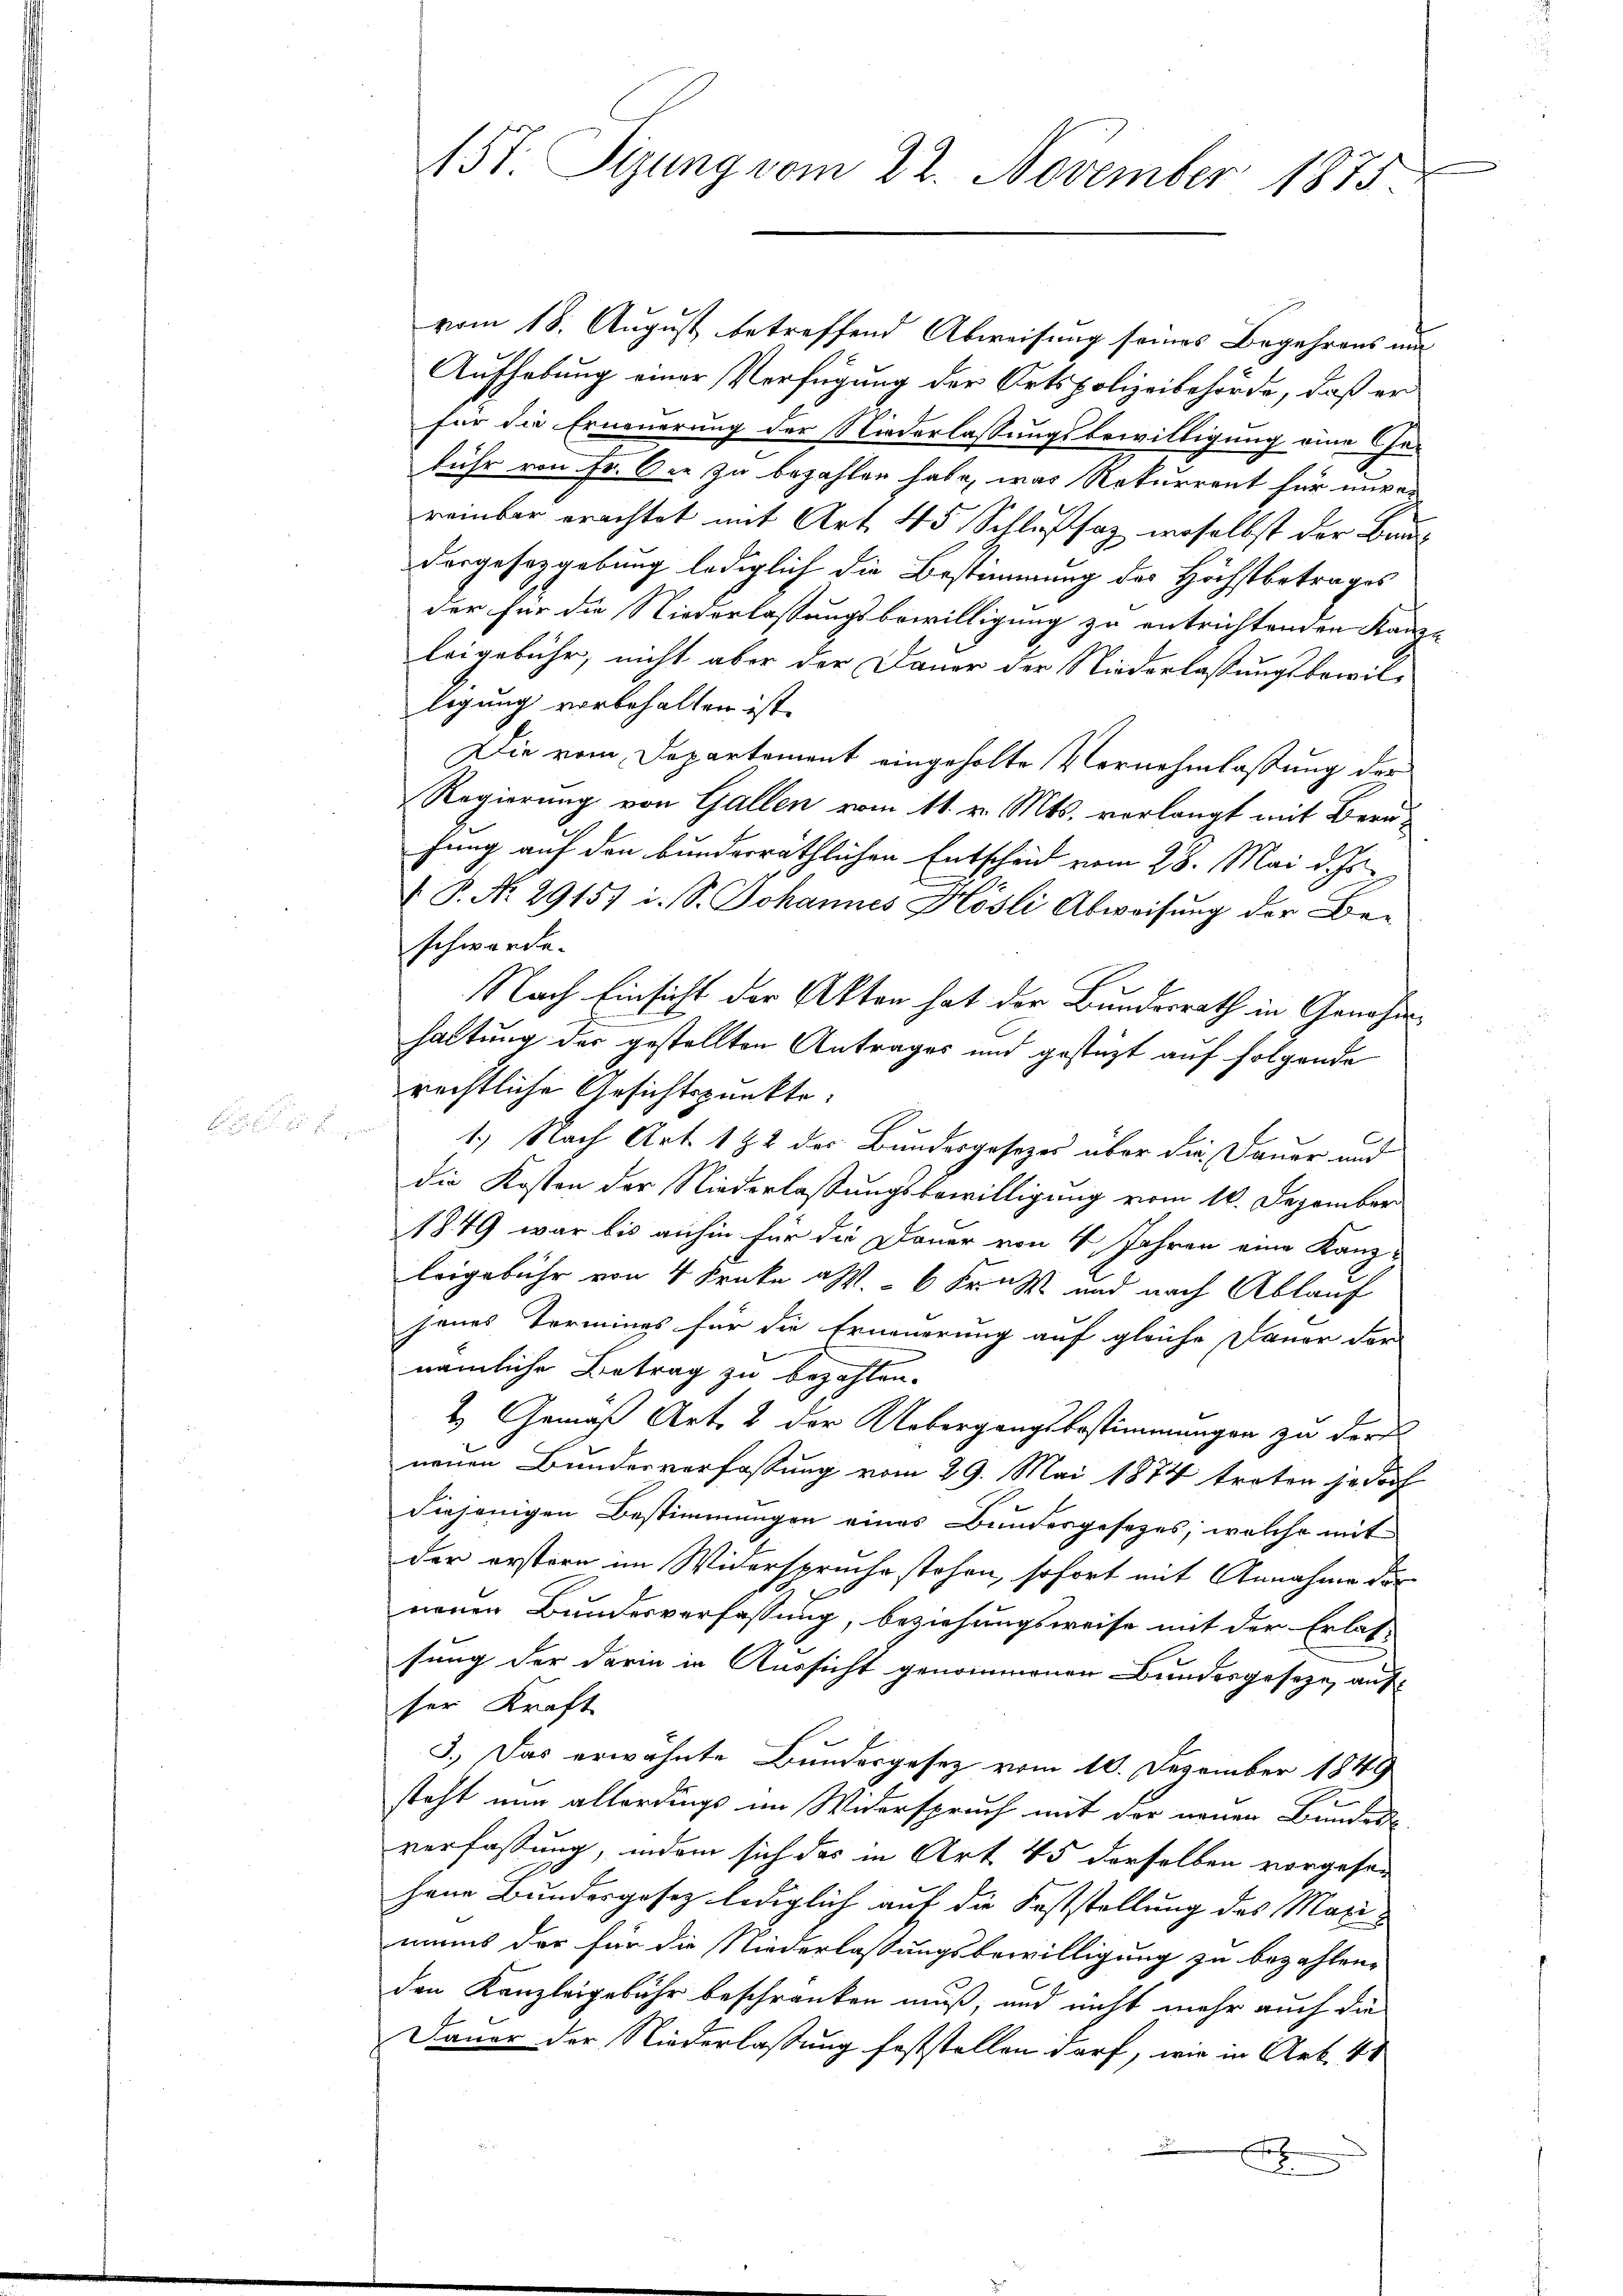
vom 18. August betreffend Abweisung seines Begehrens und
Aufhebung einer Verfügung der Ortspolizeibehörde, daß er
für die Erneuerung der Niederlassungsbewilligung eine Gefuhr von Fr. Oer zu bezahlen habe, was Rekurrent für unver
reinbar erachtet mit Art. 45 Schlußsaz, woselbst der Baudergesetzgebung lediglich die Bestimmung der Höchstbetrages
der für die Niederlassungsbewilligung zu entrichtenden Kanze
leigebühr, nicht aber der Dauer der Niederlassungsbewillegung vorbehalten ist.
Die vom Departement eingeholte Vernehmlassung der
Regierung von Gallen vom 11. v. Mts. vorlangt mit Berufung auf den bunderräthlichen Entscheid vom 28. Mai d. Js.
 P. Nr. 29157 i. S. Johannes Hösli Abweisung der Be-
schwerde.
Nach Einsicht der Akten hat der Bundesrath in Genehmhaltung der gestellten Antrages und gestüzt auf folgende
rechtliche Gesichtspunkte:
C
1.) Nach Art. 182 des Bundesgesezes über die Dauer und
die Kosten der Niederlaßungsbewilligung vom 10. Dezember
1849 war bis anhin für die Dauer von 4 Jahren eine Kanz-
leigebühr von 4 Krücke als 6 Fr. und nach Ablauf
jenes Termines für die Erneuerung auf gleiche Dauer der
nämliche Betrag zu bezahlen.
2. Gemäß Art. 2 der Uebergangsbestimmungen zu der
neuen Bundesverfassung vom 29. Mai 1874 treten jedoch
diejenigen Bestimmungen eines Bundesgesetzes, welche mit
der erstern im Widerspruche stehen, sofort mit Annahme der
neuen Bundesverfassung, beziehungsweise mit der Erlas-
sung der darin in Aussicht genommenen Bundesgeseze, aufser Kraft
3.) Das erwähnte Bundesgesez vom 10. Dezember 1849
steht nun allerdings im Widerspruch mit der neuen Bundes-
verfassung, indem sich das in Art 45 derselben vorgesen
hann Bundesgesez lediglich auf die Feststellung des Maximuns der für die Niederlassungsbewilligung zu bezahlen-
den Kanzleigebühr beschränken muß, und nicht mehr auch die
Dauer der Niederlassung feststellen darf, wie in Art. 41
a
62

157. Sizung vom 22. November 1875.